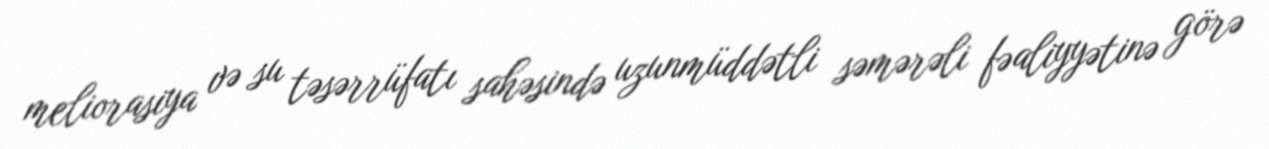
meliorasiya və su təsərrüfatı sahəsində uzunmüddətli səmərəli fəaliyyətinə görə